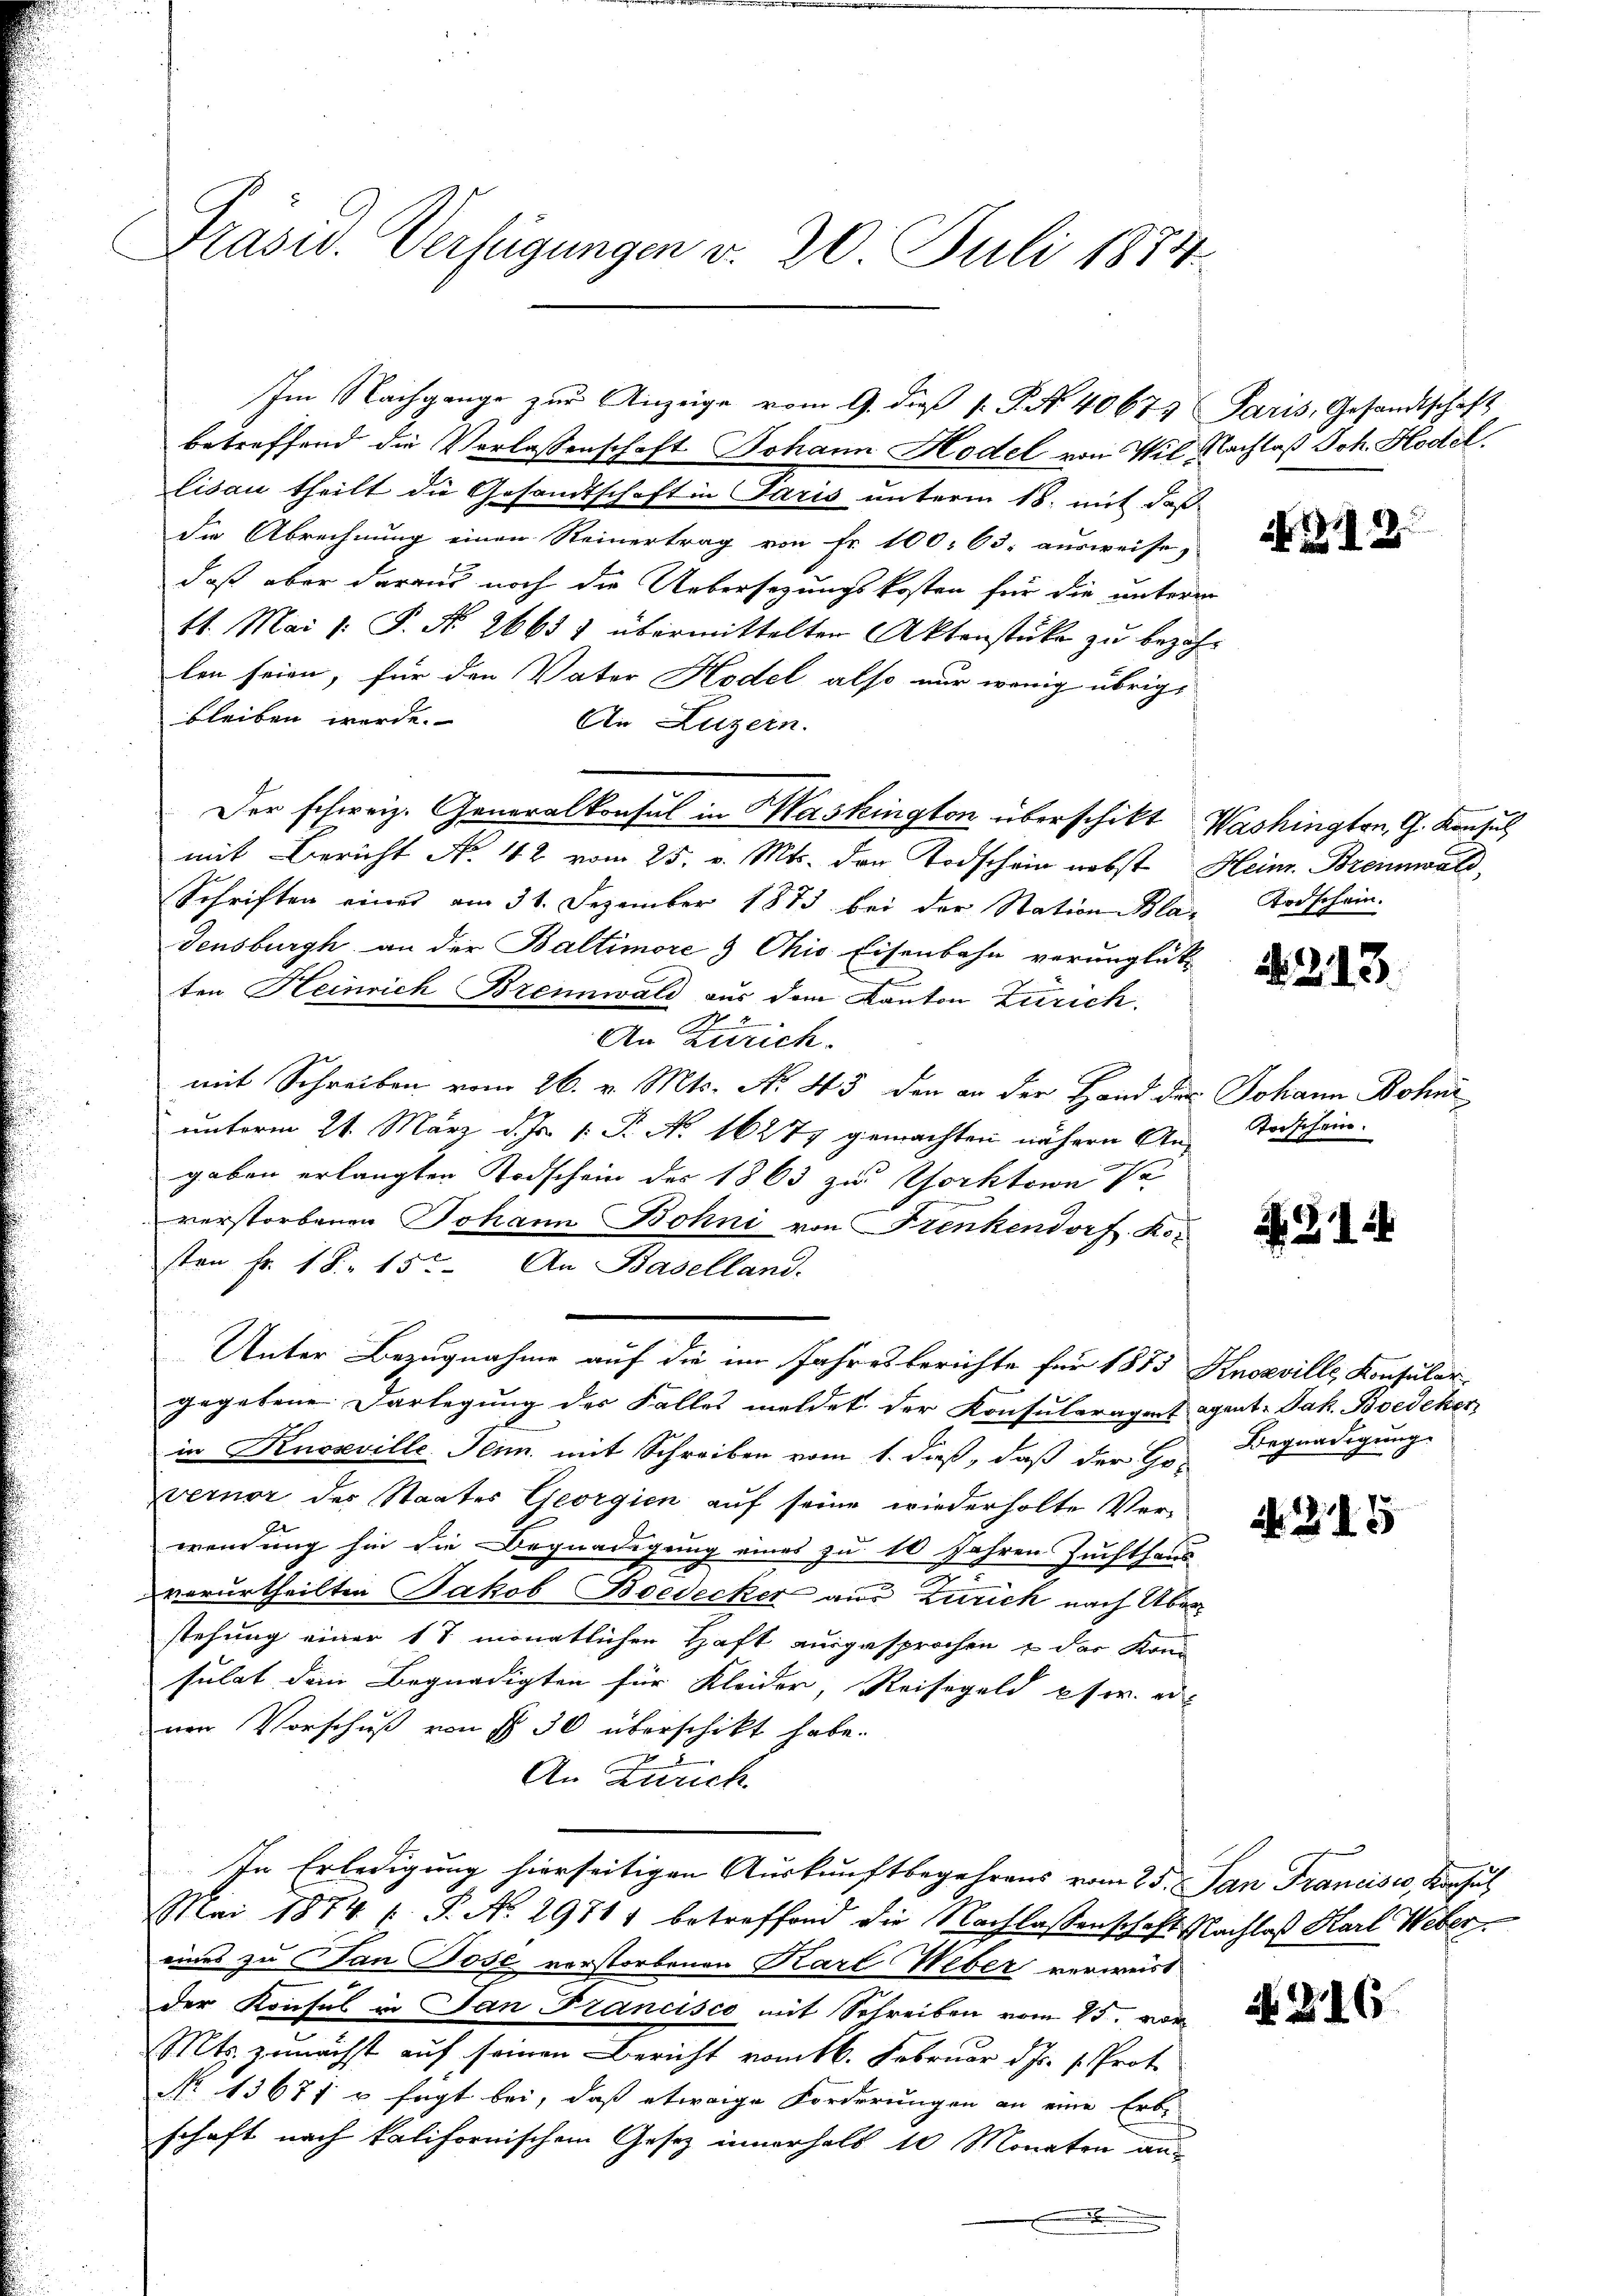
Präsid. Verfügungen d. 20. Juli 1874

betreffend die Verlassenschaft Johann Hodel von Wil Nachlaß Joh. Hodel.
lisau theilt die Gesandtschaft in Paris unterm 18. mit daß
die Abrechnung einen Reinertrag von Fr. 100. 63. ausweise,
daß aber daraus noch die Uebersezungskosten für die unterm
11. Mai l. P. No. 26651 übermittelten Aktenstücke zŭ bezahlen seien, für den Vater Hodel also nur wenig übrig
bleiben werde.
An Luzern.
Der schweiz. Generalkonsul in Maskington überschikt Washington, G. Konsul
mit Bericht No. 112 vom 25. v. Mts. der Todschein nebst Heim. Brennwald,
Schriften eines am 31. Dezember 1873 bei der Station Bla¬
Gensburgh an der Baltimore & Ohio Eisenbahn verunglück
ten Heinrich Brennwald aus dem Kanton Zürich.
2
An Zürich.
mit Schreiben vom 26. v. Mts. No. 43 den an der Hand des Johann Bohne
unterm 21. März d. Js. 1. P. No 16277 gemachten nähern Angaben erlangten Todschein des 1863 zu Gorktown Pr
verstorbenen Johann Bohni von Frenkendorf Ro
sten Fr. 18. 15. An Baselland.
Unter Bezugnahme auf die im Jahresberichte für 1875 Knozville, Konsular
gegebene Darlegung des Falles meldet der Konsuleragent agent. Jak. Boedeker
in Knosville. Jenn mit Schreiben vom 1. dieß, daß der Gevernor des Staates Georgien auf seine wiederholte Vor¬
2
wendung hin die Begnadigung eines zu 10 Jahren Zuchthaus
verurtheilten Jakob Boedecker aus Zürich nach Über
stehung einer 17 monatlichen Haft ausgesprochen & der Kon-
sulat dem Begnadigten für Kleider, Reisegeld pfer er
nen Vorschuß von § 30 überschickt habe.
An Zürich
In Erledigung hierseitigen Auskunftbegehrens vom 25. San Francisco, Konsul
Mai 1874 s P. N. 29711 betreffend die Nachlassenschaft Nachlaß Karl Weber
eines zu an Dose vorstorbenen Karl Weber verweist
der Konsul in San Francisco mit Schreiben vom 15. vor
Mts. zunächst auf seinen Bericht vom kk. Februar d. Js. v. Prot.
No 13677 u. sagt bei, daß etwaige Forderungen an eine Erb-
schaft nach kalifornischem Gesetz innerhalb 10 Monaten an-
.

Im Nachgange zur Anzeige vom 9. die 1. P. Nr. 4067 Paris, Gesandtschaft

Nr. 123.

Rorschein.

2213.

oischein.

31.

Begnadigung.

A. 215

N 216.